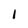
Character: I